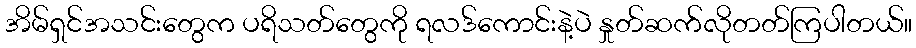
အိမ်ရှင်အသင်းတွေက ပရိသတ်တွေကို ရလဒ်ကောင်းနဲ့ပဲ နှုတ်ဆက်လိုတတ်ကြပါတယ်။